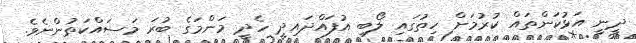
ދީނީ އަޅުކަންތައް ކުރުމަށް ހިތުގައި ލޯބި އުފައްދައިދީ ހެދީ މަންމަގެ ބުރަ މަސައްކަތުންނެވެ.